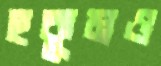
হুকুমও